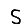
Digit: 5